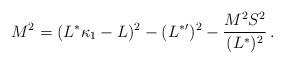
LaTeX: \begin{align*}M^2 =(L^* \kappa_1 - L )^2 - (L^*{}')^2 - { M^2 S^2\over (L^*)^2}\,.\end{align*}